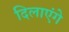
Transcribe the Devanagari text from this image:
दिलाएंगे